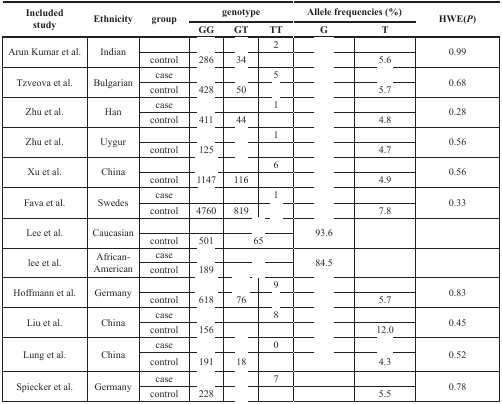
<table><thead><tr><td rowspan="2"><b>Included study</b></td><td rowspan="2"><b>Ethnicity</b></td><td rowspan="2"><b>group</b></td><td colspan="3"><b>genotype</b></td><td colspan="2"><b>Allele frequencies (%)</b></td><td rowspan="2"><b>HWE(<i>P</i>)</b></td></tr><tr><td><b>GG</b></td><td><b>GT</b></td><td><b>TT</b></td><td><b>G</b></td><td><b>T</b></td></tr></thead><tbody><tr><td rowspan="2">Arun Kumar et al.</td><td rowspan="2">Indian</td><td>[EMPTY_CELL]</td><td>[EMPTY_CELL]</td><td>[EMPTY_CELL]</td><td>2</td><td>[EMPTY_CELL]</td><td>[EMPTY_CELL]</td><td rowspan="2">0.99</td></tr><tr><td>control</td><td>286</td><td>34</td><td>[EMPTY_CELL]</td><td>[EMPTY_CELL]</td><td>5.6</td></tr><tr><td rowspan="2">Tzveova et al.</td><td rowspan="2">Bulgarian</td><td>case</td><td>[EMPTY_CELL]</td><td>[EMPTY_CELL]</td><td>5</td><td>[EMPTY_CELL]</td><td>[EMPTY_CELL]</td><td rowspan="2">0.68</td></tr><tr><td>control</td><td>428</td><td>50</td><td>[EMPTY_CELL]</td><td>[EMPTY_CELL]</td><td>5.7</td></tr><tr><td rowspan="2">Zhu et al.</td><td rowspan="2">Han</td><td>case</td><td>[EMPTY_CELL]</td><td>[EMPTY_CELL]</td><td>1</td><td>[EMPTY_CELL]</td><td>[EMPTY_CELL]</td><td rowspan="2">0.28</td></tr><tr><td>control</td><td>411</td><td>44</td><td>[EMPTY_CELL]</td><td>[EMPTY_CELL]</td><td>4.8</td></tr><tr><td rowspan="2">Zhu et al.</td><td rowspan="2">Uygur</td><td>[EMPTY_CELL]</td><td>[EMPTY_CELL]</td><td>[EMPTY_CELL]</td><td>1</td><td>[EMPTY_CELL]</td><td>[EMPTY_CELL]</td><td rowspan="2">0.56</td></tr><tr><td>control</td><td>125</td><td>[EMPTY_CELL]</td><td>[EMPTY_CELL]</td><td>[EMPTY_CELL]</td><td>4.7</td></tr><tr><td rowspan="2">Xu et al.</td><td rowspan="2">China</td><td>[EMPTY_CELL]</td><td>[EMPTY_CELL]</td><td>[EMPTY_CELL]</td><td>6</td><td>[EMPTY_CELL]</td><td>[EMPTY_CELL]</td><td rowspan="2">0.56</td></tr><tr><td>control</td><td>1147</td><td>116</td><td>[EMPTY_CELL]</td><td>[EMPTY_CELL]</td><td>4.9</td></tr><tr><td rowspan="2">Fava et al.</td><td rowspan="2">Swedes</td><td>case</td><td>[EMPTY_CELL]</td><td>[EMPTY_CELL]</td><td>1</td><td>[EMPTY_CELL]</td><td>[EMPTY_CELL]</td><td rowspan="2">0.33</td></tr><tr><td>control</td><td>4760</td><td>819</td><td>[EMPTY_CELL]</td><td>[EMPTY_CELL]</td><td>7.8</td></tr><tr><td rowspan="2">Lee et al.</td><td rowspan="2">Caucasian</td><td>[EMPTY_CELL]</td><td>[EMPTY_CELL]</td><td colspan="2">[EMPTY_CELL]</td><td rowspan="2">93.6</td><td rowspan="2">[EMPTY_CELL]</td><td rowspan="2">[EMPTY_CELL]</td></tr><tr><td>control</td><td>501</td><td colspan="2">65</td></tr><tr><td rowspan="2">lee et al.</td><td rowspan="2">African-American</td><td>case</td><td>[EMPTY_CELL]</td><td colspan="2">[EMPTY_CELL]</td><td rowspan="2">84.5</td><td rowspan="2">[EMPTY_CELL]</td><td rowspan="2">[EMPTY_CELL]</td></tr><tr><td>control</td><td>189</td><td colspan="2">[EMPTY_CELL]</td></tr><tr><td rowspan="2">Hoffmann et al.</td><td rowspan="2">Germany</td><td>[EMPTY_CELL]</td><td>[EMPTY_CELL]</td><td>[EMPTY_CELL]</td><td>9</td><td>[EMPTY_CELL]</td><td>[EMPTY_CELL]</td><td rowspan="2">0.83</td></tr><tr><td>control</td><td>618</td><td>76</td><td>[EMPTY_CELL]</td><td>[EMPTY_CELL]</td><td>5.7</td></tr><tr><td rowspan="2">Liu et al.</td><td rowspan="2">China</td><td>case</td><td>[EMPTY_CELL]</td><td>[EMPTY_CELL]</td><td>8</td><td>[EMPTY_CELL]</td><td>[EMPTY_CELL]</td><td rowspan="2">0.45</td></tr><tr><td>control</td><td>156</td><td>[EMPTY_CELL]</td><td>[EMPTY_CELL]</td><td>[EMPTY_CELL]</td><td>12.0</td></tr><tr><td rowspan="2">Lung et al.</td><td rowspan="2">China</td><td>case</td><td>[EMPTY_CELL]</td><td>[EMPTY_CELL]</td><td>0</td><td>[EMPTY_CELL]</td><td>[EMPTY_CELL]</td><td rowspan="2">0.52</td></tr><tr><td>control</td><td>191</td><td>18</td><td>[EMPTY_CELL]</td><td>[EMPTY_CELL]</td><td>4.3</td></tr><tr><td rowspan="2">Spiecker et al.</td><td rowspan="2">Germany</td><td>case</td><td>[EMPTY_CELL]</td><td>[EMPTY_CELL]</td><td>7</td><td>[EMPTY_CELL]</td><td>[EMPTY_CELL]</td><td rowspan="2">0.78</td></tr><tr><td>control</td><td>228</td><td>[EMPTY_CELL]</td><td>[EMPTY_CELL]</td><td>[EMPTY_CELL]</td><td>5.5</td></tr></tbody></table>